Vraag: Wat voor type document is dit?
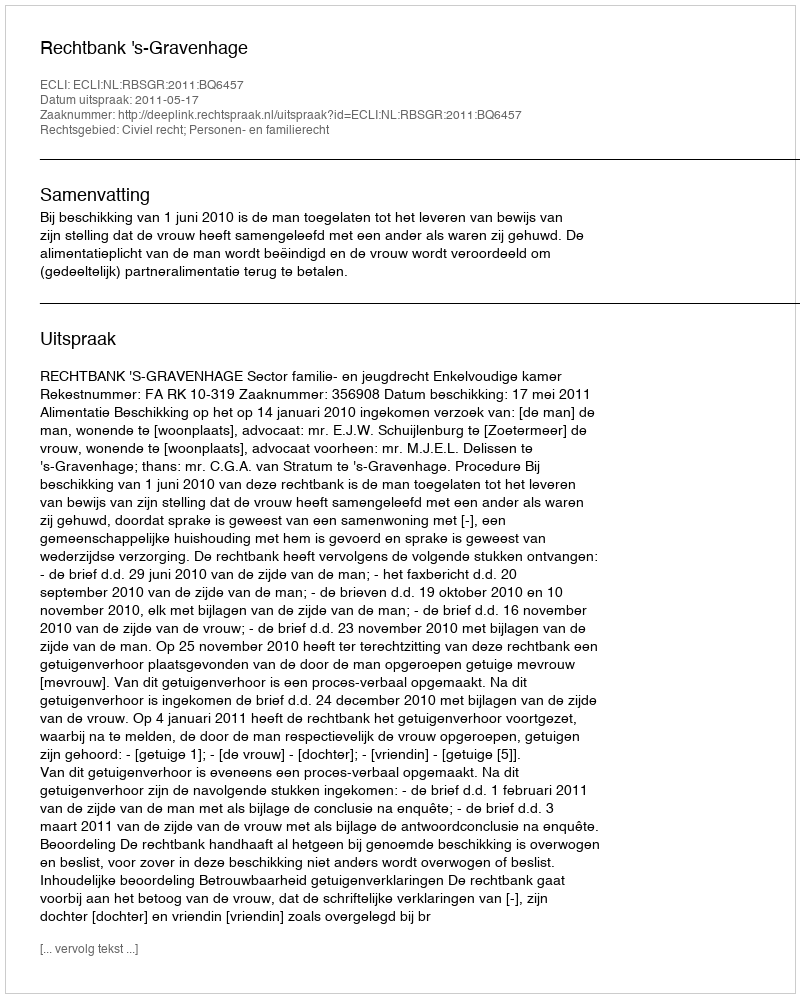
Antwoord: Uitspraak